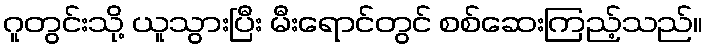
ဂူတွင်းသို့ ယူသွားပြီး မီးရောင်တွင် စစ်ဆေးကြည့်သည်။